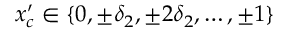
x _ { c } ^ { \prime } \in \{ 0 , \pm \delta _ { 2 } , \pm 2 \delta _ { 2 } , \dots , \pm 1 \}